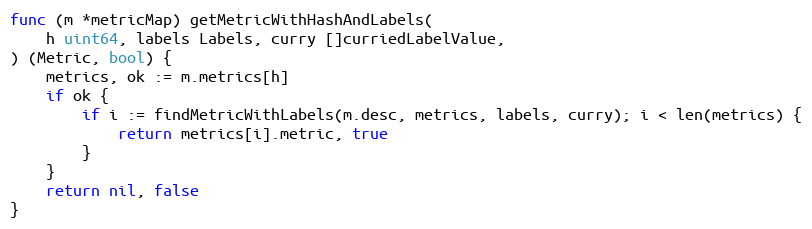
Language: Go
func (m *metricMap) getMetricWithHashAndLabels(
	h uint64, labels Labels, curry []curriedLabelValue,
) (Metric, bool) {
	metrics, ok := m.metrics[h]
	if ok {
		if i := findMetricWithLabels(m.desc, metrics, labels, curry); i < len(metrics) {
			return metrics[i].metric, true
		}
	}
	return nil, false
}